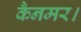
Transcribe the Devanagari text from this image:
कैनमर।